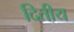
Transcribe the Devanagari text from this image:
दितीय